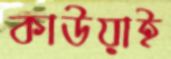
কাউয়াই